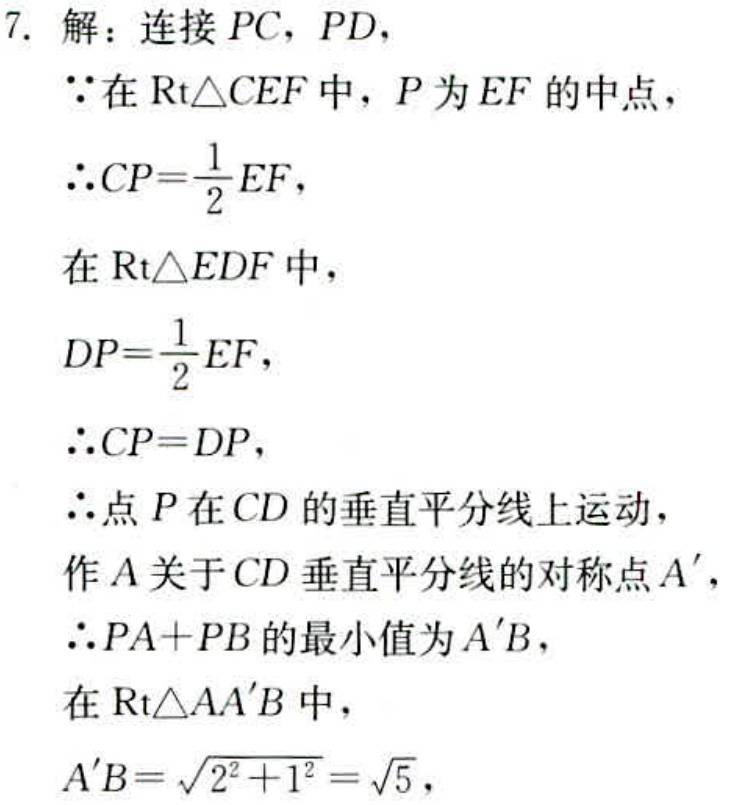
7. 解：连接 \(PC\)，\(PD\)，
\(\because\)在 \(\text{Rt}\triangle CEF\) 中，\(P\) 为 \(EF\) 的中点，
\(\therefore CP = \frac{1}{2}EF\)，
在 \(\text{Rt}\triangle EDF\) 中，
\(DP = \frac{1}{2}EF\)，
\(\therefore CP = DP\)，
\(\therefore\)点 \(P\) 在 \(CD\) 的垂直平分线上运动，
作 \(A\) 关于 \(CD\) 垂直平分线的对称点 \(A'\)，
\(\therefore PA + PB\) 的最小值为 \(A'B\)，
在 \(\text{Rt}\triangle AA'B\) 中，
\(A'B = \sqrt{2^{2}+1^{2}}=\sqrt{5}\)，